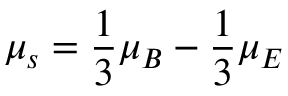
\mu _ { s } = \frac { 1 } { 3 } \mu _ { B } - \frac { 1 } { 3 } \mu _ { E }